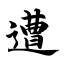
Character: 遭